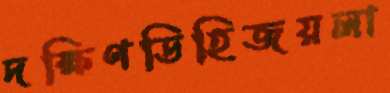
দক্ষিণডিহিজয়লা